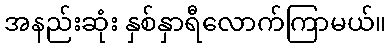
အနည်းဆုံး နှစ်နှာရီလောက်ကြာမယ်။